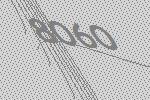
8060